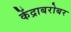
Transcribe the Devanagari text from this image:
केंद्राबरोबर